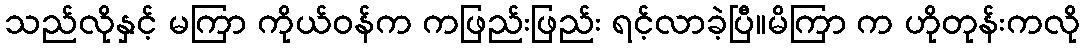
သည်လိုနှင့် မကြာ ကိုယ်ဝန်က ကဖြည်းဖြည်း ရင့်လာခဲ့ပြီ။မိကြာ က ဟိုတုန်းကလို